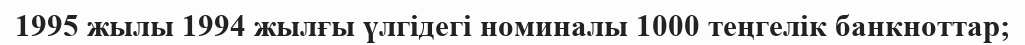
1995 жылы 1994 жылғы үлгідегі номиналы 1000 теңгелік банкноттар;